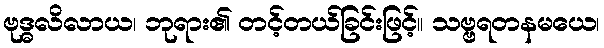
ဗုဒ္ဓလိလာယ၊ ဘုရား၏ တင့်တယ်ခြင်းဖြင့်။ သဗ္ဗရတနမယေ၊